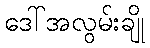
ဒေါ်အလွမ်းချို